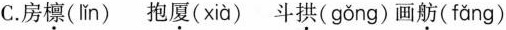
C.房檩( lǐn )抱厦( xià )斗拱( gǒng )画舫( fǎng )